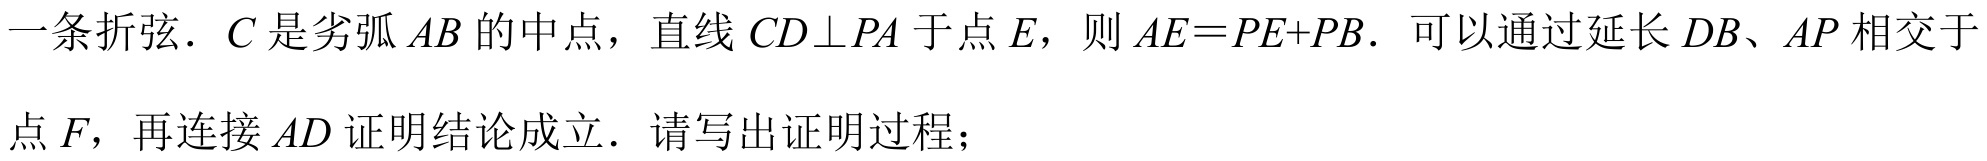
一条折弦．\(C\) 是劣弧 \(AB\) 的中点，直线 \(CD\perp PA\) 于点 \(E\)，则 \(AE = PE + PB\)．可以通过延长 \(DB\)、\(AP\) 相交于
点 \(F\)，再连接 \(AD\) 证明结论成立．请写出证明过程；